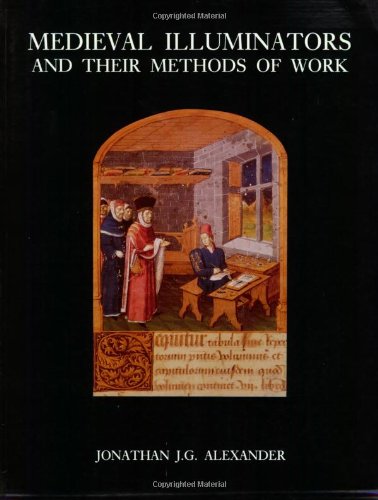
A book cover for Medieval Illuminators and Their Methods of Work; Professor Jonathan J. G. Alexander; Arts & Photography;